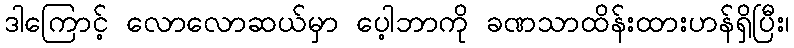
ဒါကြောင့် လောလောဆယ်မှာ ပေ့ါဘာကို ခဏသာထိန်းထားဟန်ရှိပြီး၊